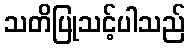
သတိပြုသင့်ပါသည်